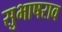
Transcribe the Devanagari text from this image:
सुभाषराव